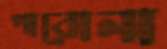
পাবোনা